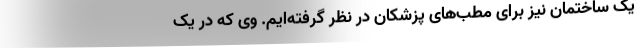
یک ساختمان نیز برای مطب‌های پزشکان در نظر گرفته‌ایم. وی که در یک